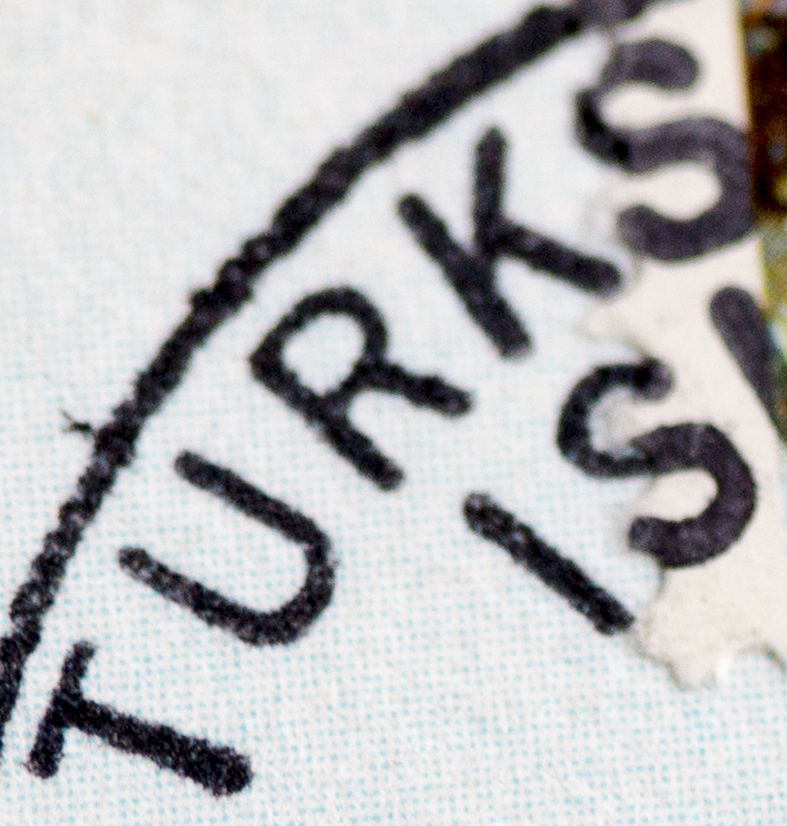
TURKS